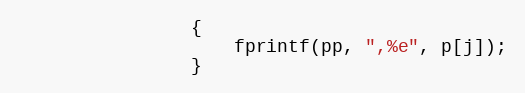
Language: C++
                {
                    fprintf(pp, ",%e", p[j]);
                }